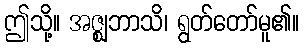
ဤသို့။ အဇ္ဈဘာသိ၊ ရွတ်တော်မူ၏။